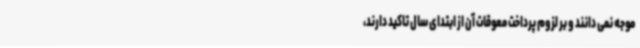
موجه نمی دانند و بر لزوم پرداخت معوقات آن از ابتدای سال تاکید دارند،